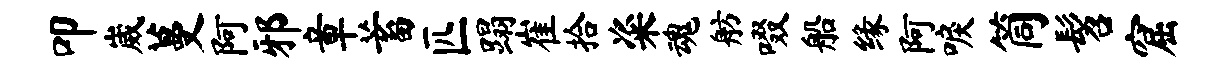
叩崴蔓阿邪章蓄匹蹋崔拾粢魂舫啜船缘阿唳筒髫窟